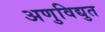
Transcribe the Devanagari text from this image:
अणुविद्युत